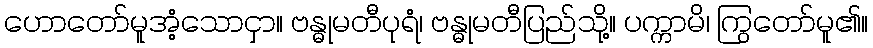
ဟောတော်မူအံ့သောငှာ။ ဗန္ဓုမတီပုရံ၊ ဗန္ဓုမတီပြည်သို့။ ပက္ကာမိ၊ ကြွတော်မူ၏။